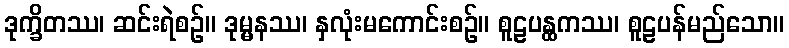
ဒုက္ခိတဿ၊ ဆင်းရဲစဉ်။ ဒုမ္မနဿ၊ နှလုံးမကောင်းစဉ်။ စူဠပန္ထကဿ၊ စူဠပန်မည်သော။